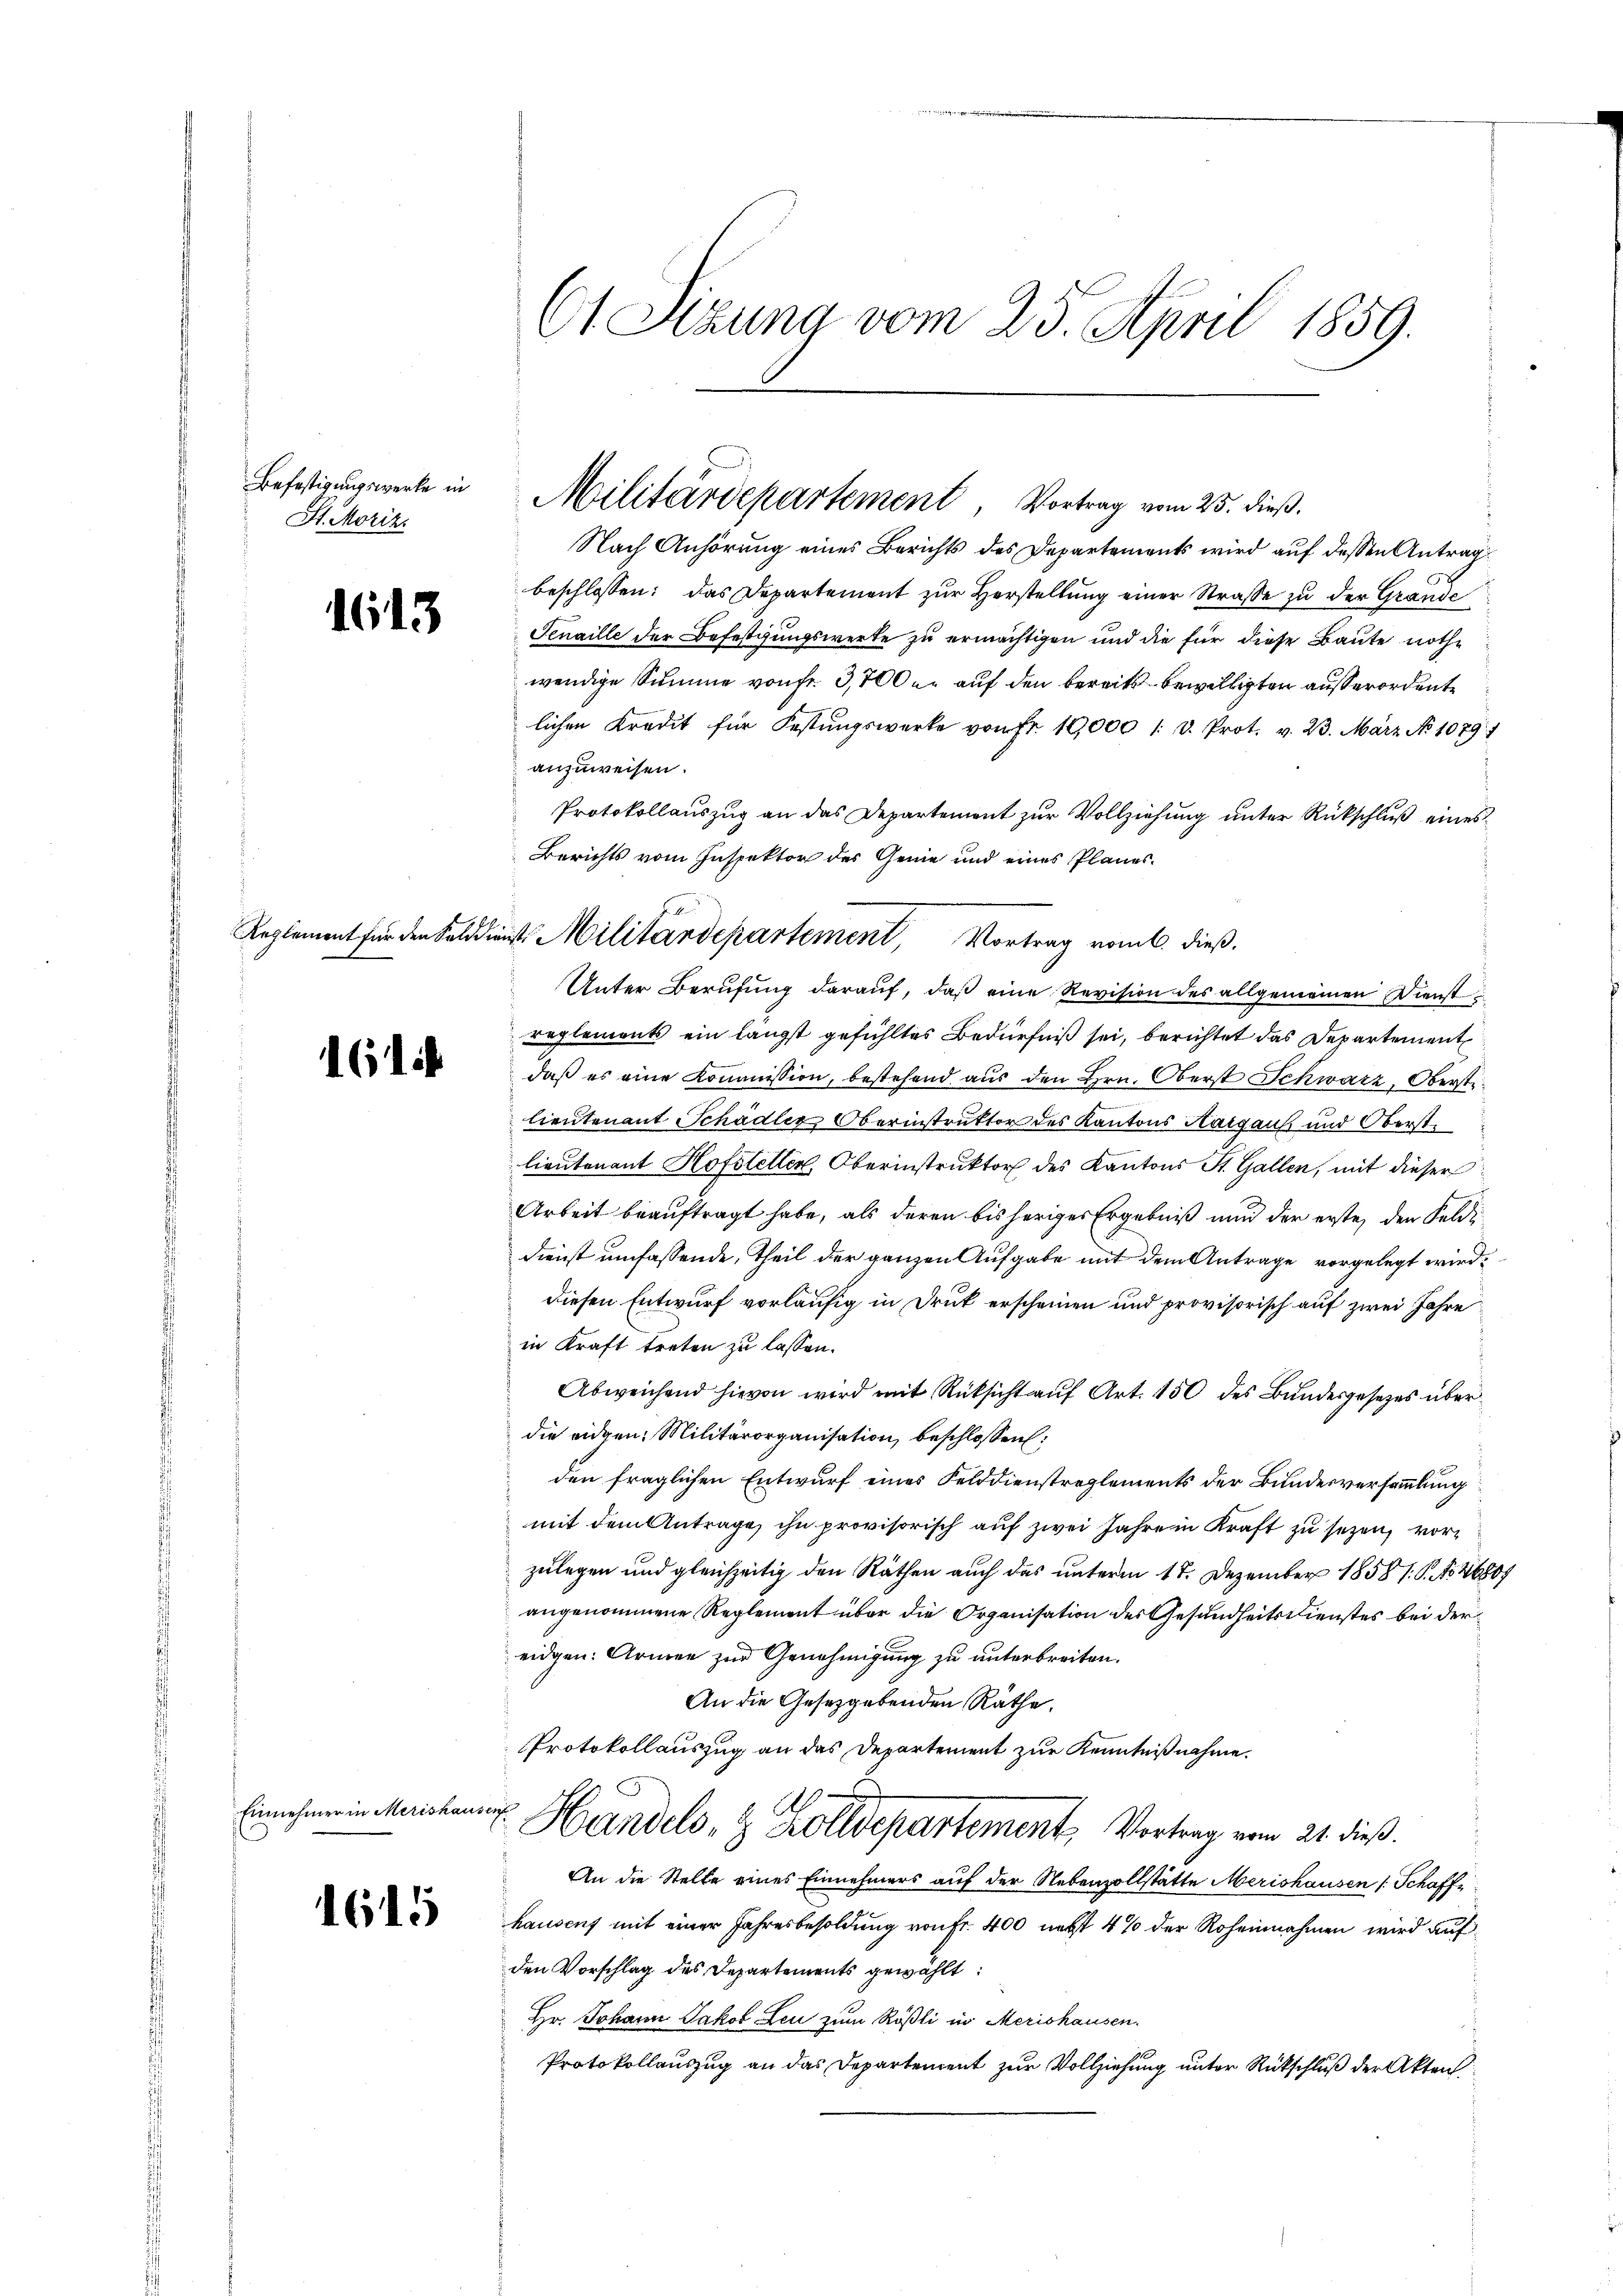
Befestigungswerke in
St. Moriz

1613

Reglement für den Sold die

161

Einnehmer in Merishaus

1615

C1 Setzung vom 25. April 1859.

Nach Anhörung eines Berichts des Departements wird auf dessen Antragbeschlossen: das Departement zur Herstellung einer Straße zu der Grande
Senaille der Befestgungswerte zu ermächtigen und die für diese Baute nothe
wendige Summe von fr. 3,700 er auf den bereits bewilligten außerordente
lichen Kredit für Festŭngswerke von Fr. 19,000 1. d. Prot. v. 23. März No 1029.1
anzuweisen.
Protokollauszug an das Departement zur Vollziehung unter Rückschluß eines
Berichts vom Inspektor des Genie und eines Planes.
Unter Berufung darauf, daß eine Revision des allgemeinen Dienstreglements ein längst gefühltes Bedürfniß sei, berichtet das Departement
daß es eine Kommission, bestehend aus den Hrn. Oberst Schwarz, Oberstelieutenant Schädler Oberinstruktor des Kantons Haigaus und Oberst
lieutenant Hofstellen, Oberinstruktor des Kantons St. Gallen, mit dieser
Arbeit beauftragt habe, als deren bis heriges Ergebniß und der erste, den Feldi¬
Dienst umfassende, theil der ganzen Aufgabe mit dem Antrage vorgelegt wird.
diesen Entwurf vorläufig in Druk erscheinen und provisorisch auf zwei Jahre
in Kraft treten zu lassen.
Abweichend hievon wird mit Rücksicht auf Art. 150 des Bundesgesezes überdie eidgen. Militärorganisation beschlossen:
den fraglichen Entwurf eines Felddienstreglements der Bundesversammlung
mit dem Antrage ihn provisorisch auf zwei Jahre in Kraft zu sezen, vorzulegen und gleichzeitig den Räthen auch das unterm 17. Dezember 1858 1. P. No 26809
angenommene Reglement über die Organisation des Gesundheitsdienstes bei der
eidgen. Armen zur Genehmigung zu unterbreiten.
An die Gesetzgebenden Räthe.
Protokollauszug an das Departement zur Kenntnißnahme.
Handels, & Zolldepartement, Vortrag vom 21. dieß.
An die Stelle eines Einnehmers auf der Nebenzollstätte Merishausen (Schaffhausenf mit einer Jahresbesoldung von Fr. 400 nebst 4% der Roheinahmen wird auf
den Vorschlag des Departements gewählt:
Hr. Johann Jakob Leu zum Rößli in Merishausen.
Protokollauszug an das Departement zur Vollziehung unter Rückschluß der Akten

Militärdepartement, Vortrag vom 25. dieß.

2t. Militärdepartement, Vortrag vom 6. dieß.